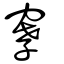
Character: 窙